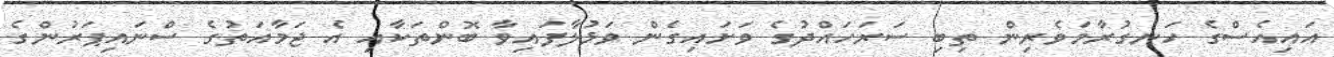
އައިއެސްގެ ހަނގުރާމަވެރިން ތިބި ސަރަހައްދުގެ ވަށައިގެން ވަޅުލާފައިވާ ބޮންތަކާއި އެ ޖަމާއަތުގެ ސްނައިޕަރުންގެ